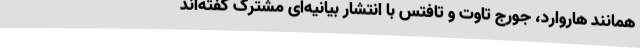
همانند هاروارد، جورج تاوت و تافتس با انتشار بیانیه‌ای مشترک گفته‌اند